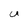
Character: U